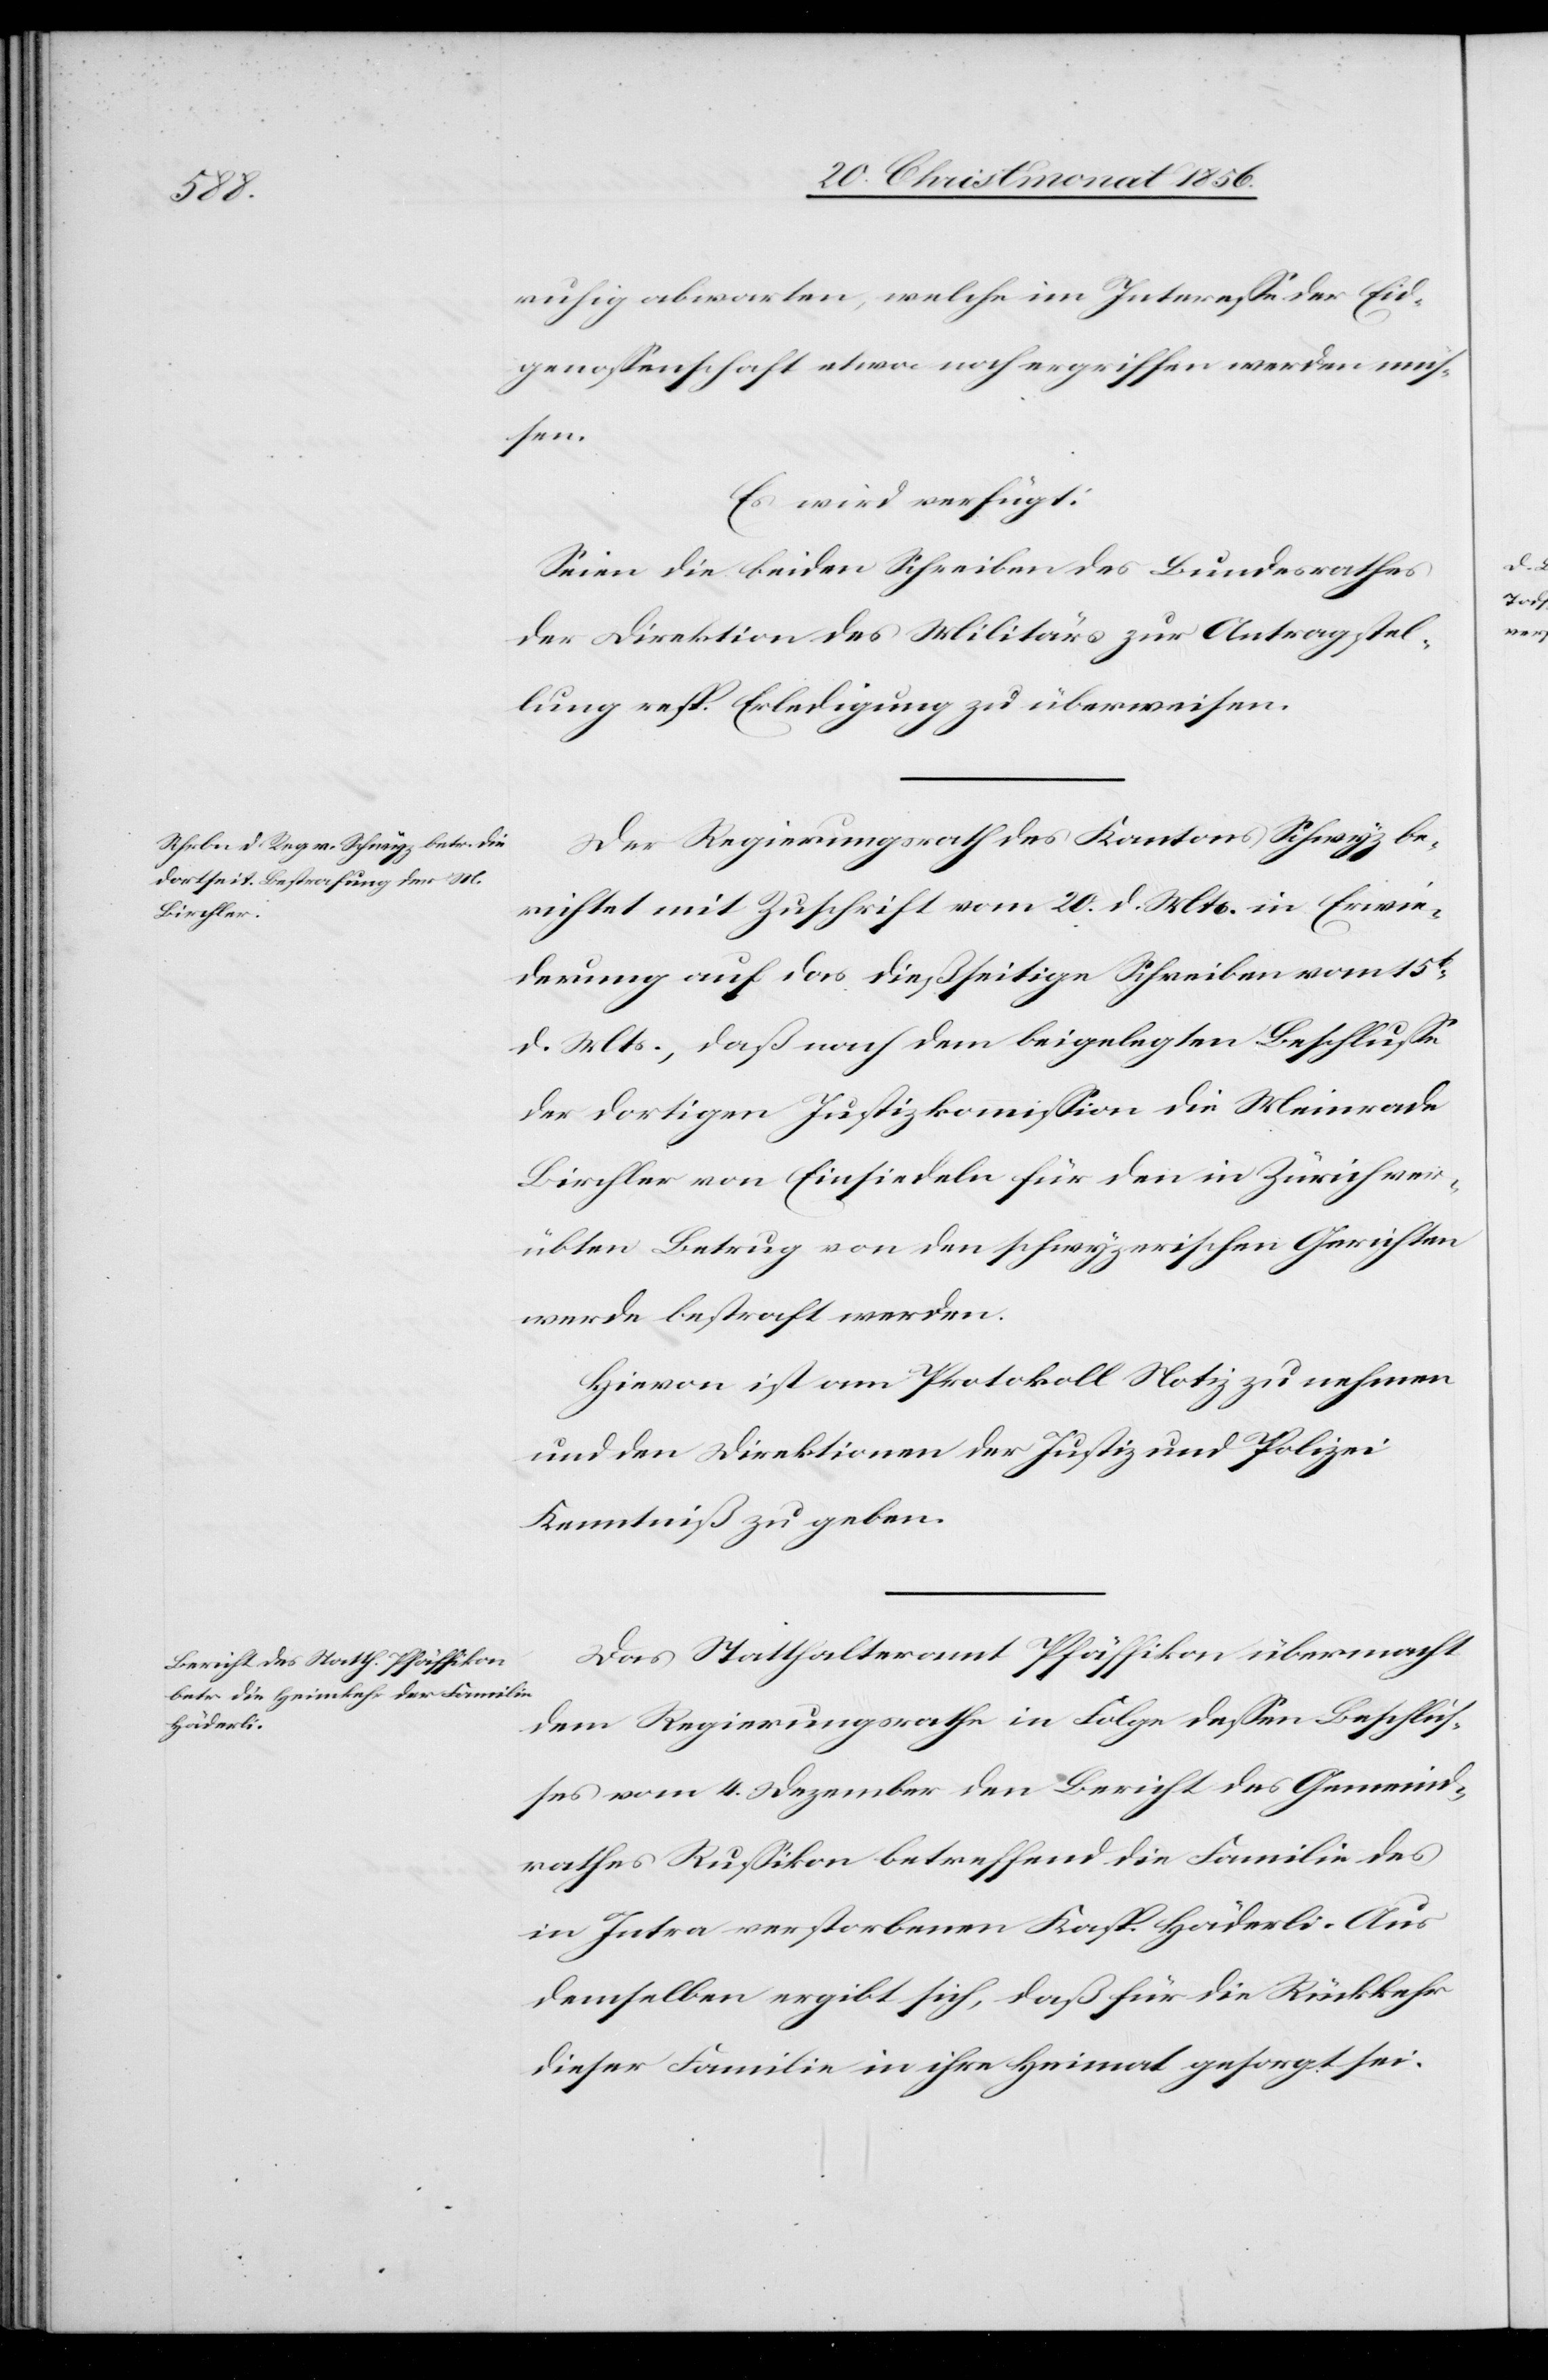
21. Christmonat 1856.]
ruhig abwarten, welche im Interesse der Eid¬
genossenschaft etwa noch ergriffen werden müs¬
den
Es wird verfügt:
Seien die beiden Schreiben des Bundesrathes
der Direktion des Militärs zur Antragstel¬
lung resp. Erledigung zu überweisen.
Der Regierungsrath des Kantons Schwyz be¬
richtet mit Zuschrift vom 20. d. Mts. in Erwie¬
derung auf das dießseitige Schreiben vom 15t
d. Mts., daß nach dem beigelegten Beschlusse
der dortigen Justizkommission die Meinrade
Birchler von Einsiedeln für den in Zürich ver¬
übten Betrug von den schwyzerischen Gerichten
werde bestraft werden.
Hievon ist am Protokoll Notiz zu nehmen
und den Direktionen der Justiz und Polizei
Kenntniß zu geben.
Das Statthalteramt Pfäffikon übermacht
dem Regierungsrathe in Folge dessen Beschlus¬
ses vom 4. Dezember den Bericht des Gemeind¬
rathes Russikon betreffend die Familie des
in Intra verstorbenen Kasp. Häderli. Aus
demselben ergibt sich, daß für die Rückkehr
dieser Familie in ihre Heimat gesorgt sei.